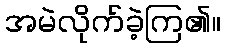
အမဲလိုက်ခဲ့ကြ၏။